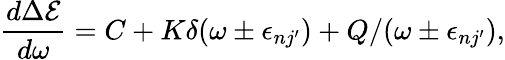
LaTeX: \frac{d\Delta\mathcal{E}}{d\omega}=C+K\delta(\omega\pm\epsilon_{nj^{\prime}})+Q/(\omega\pm\epsilon_{nj^{\prime}}),